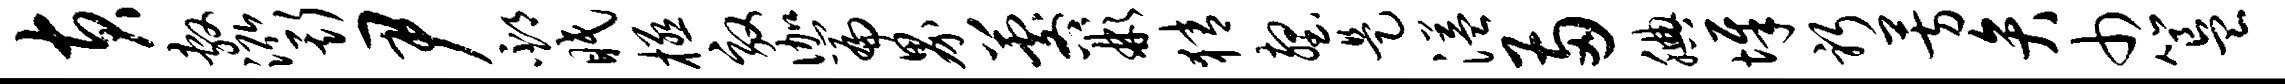
黄敷泓斯尹邳眠极效伽篇界晷彬猜壑是溢两腆墀躬芳弁巾簋